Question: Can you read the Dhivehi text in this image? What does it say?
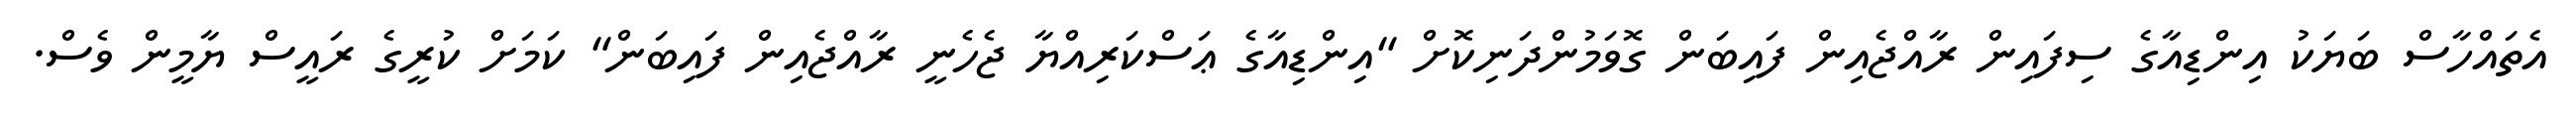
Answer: އެތައްހާސް ބަޔަކު އިންޑިއާގެ ސިފައިން ރާއްޖެއިން ފައިބަން ގޮވަމުންދަނިކޮށް "އިންޑިއާގެ ޢަސްކަރިއްޔާ ޖެހެނީ ރާއްޖެއިން ފައިބަން" ކަމަށް ކުރީގެ ރައީސް ޔާމީން ވެސް.